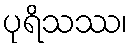
ပုရိသဿ၊